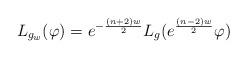
LaTeX: \begin{align*}L_{g_w} (\varphi)=e^{-\frac{(n+2)w}2} L_g (e^{\frac{(n-2)w}2} \varphi)\end{align*}